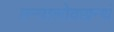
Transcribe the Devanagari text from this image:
तन्त्रालोकग्रन्थं